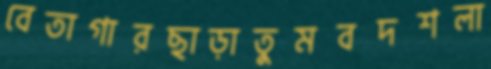
বেতাগারছাড়াতুমবদশলা